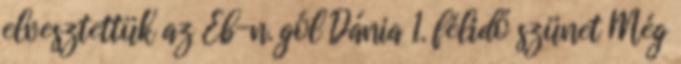
elvesztettük az Eb-n. gól Dánia 1. félidő szünet Még